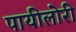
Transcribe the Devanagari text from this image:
पायीलोरी